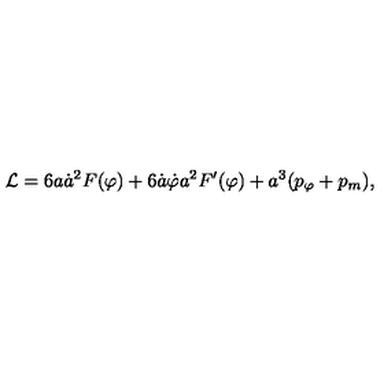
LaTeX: { \cal L } = 6 a { \dot { a } } ^ { 2 } F ( \varphi ) + 6 { \dot { a } } { \dot { \varphi } } a ^ { 2 } F ^ { \prime } ( \varphi ) + a ^ { 3 } ( p _ { \varphi } + p _ { m } ) ,